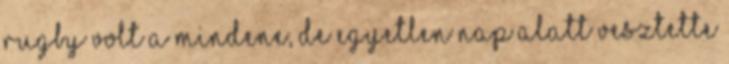
rugby volt a mindene, de egyetlen nap alatt vesztette